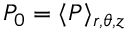
P _ { 0 } = \langle P \rangle _ { r , \theta , z }